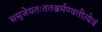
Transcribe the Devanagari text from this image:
ससृजेयतःततश्चर्मण्वतीत्येवं